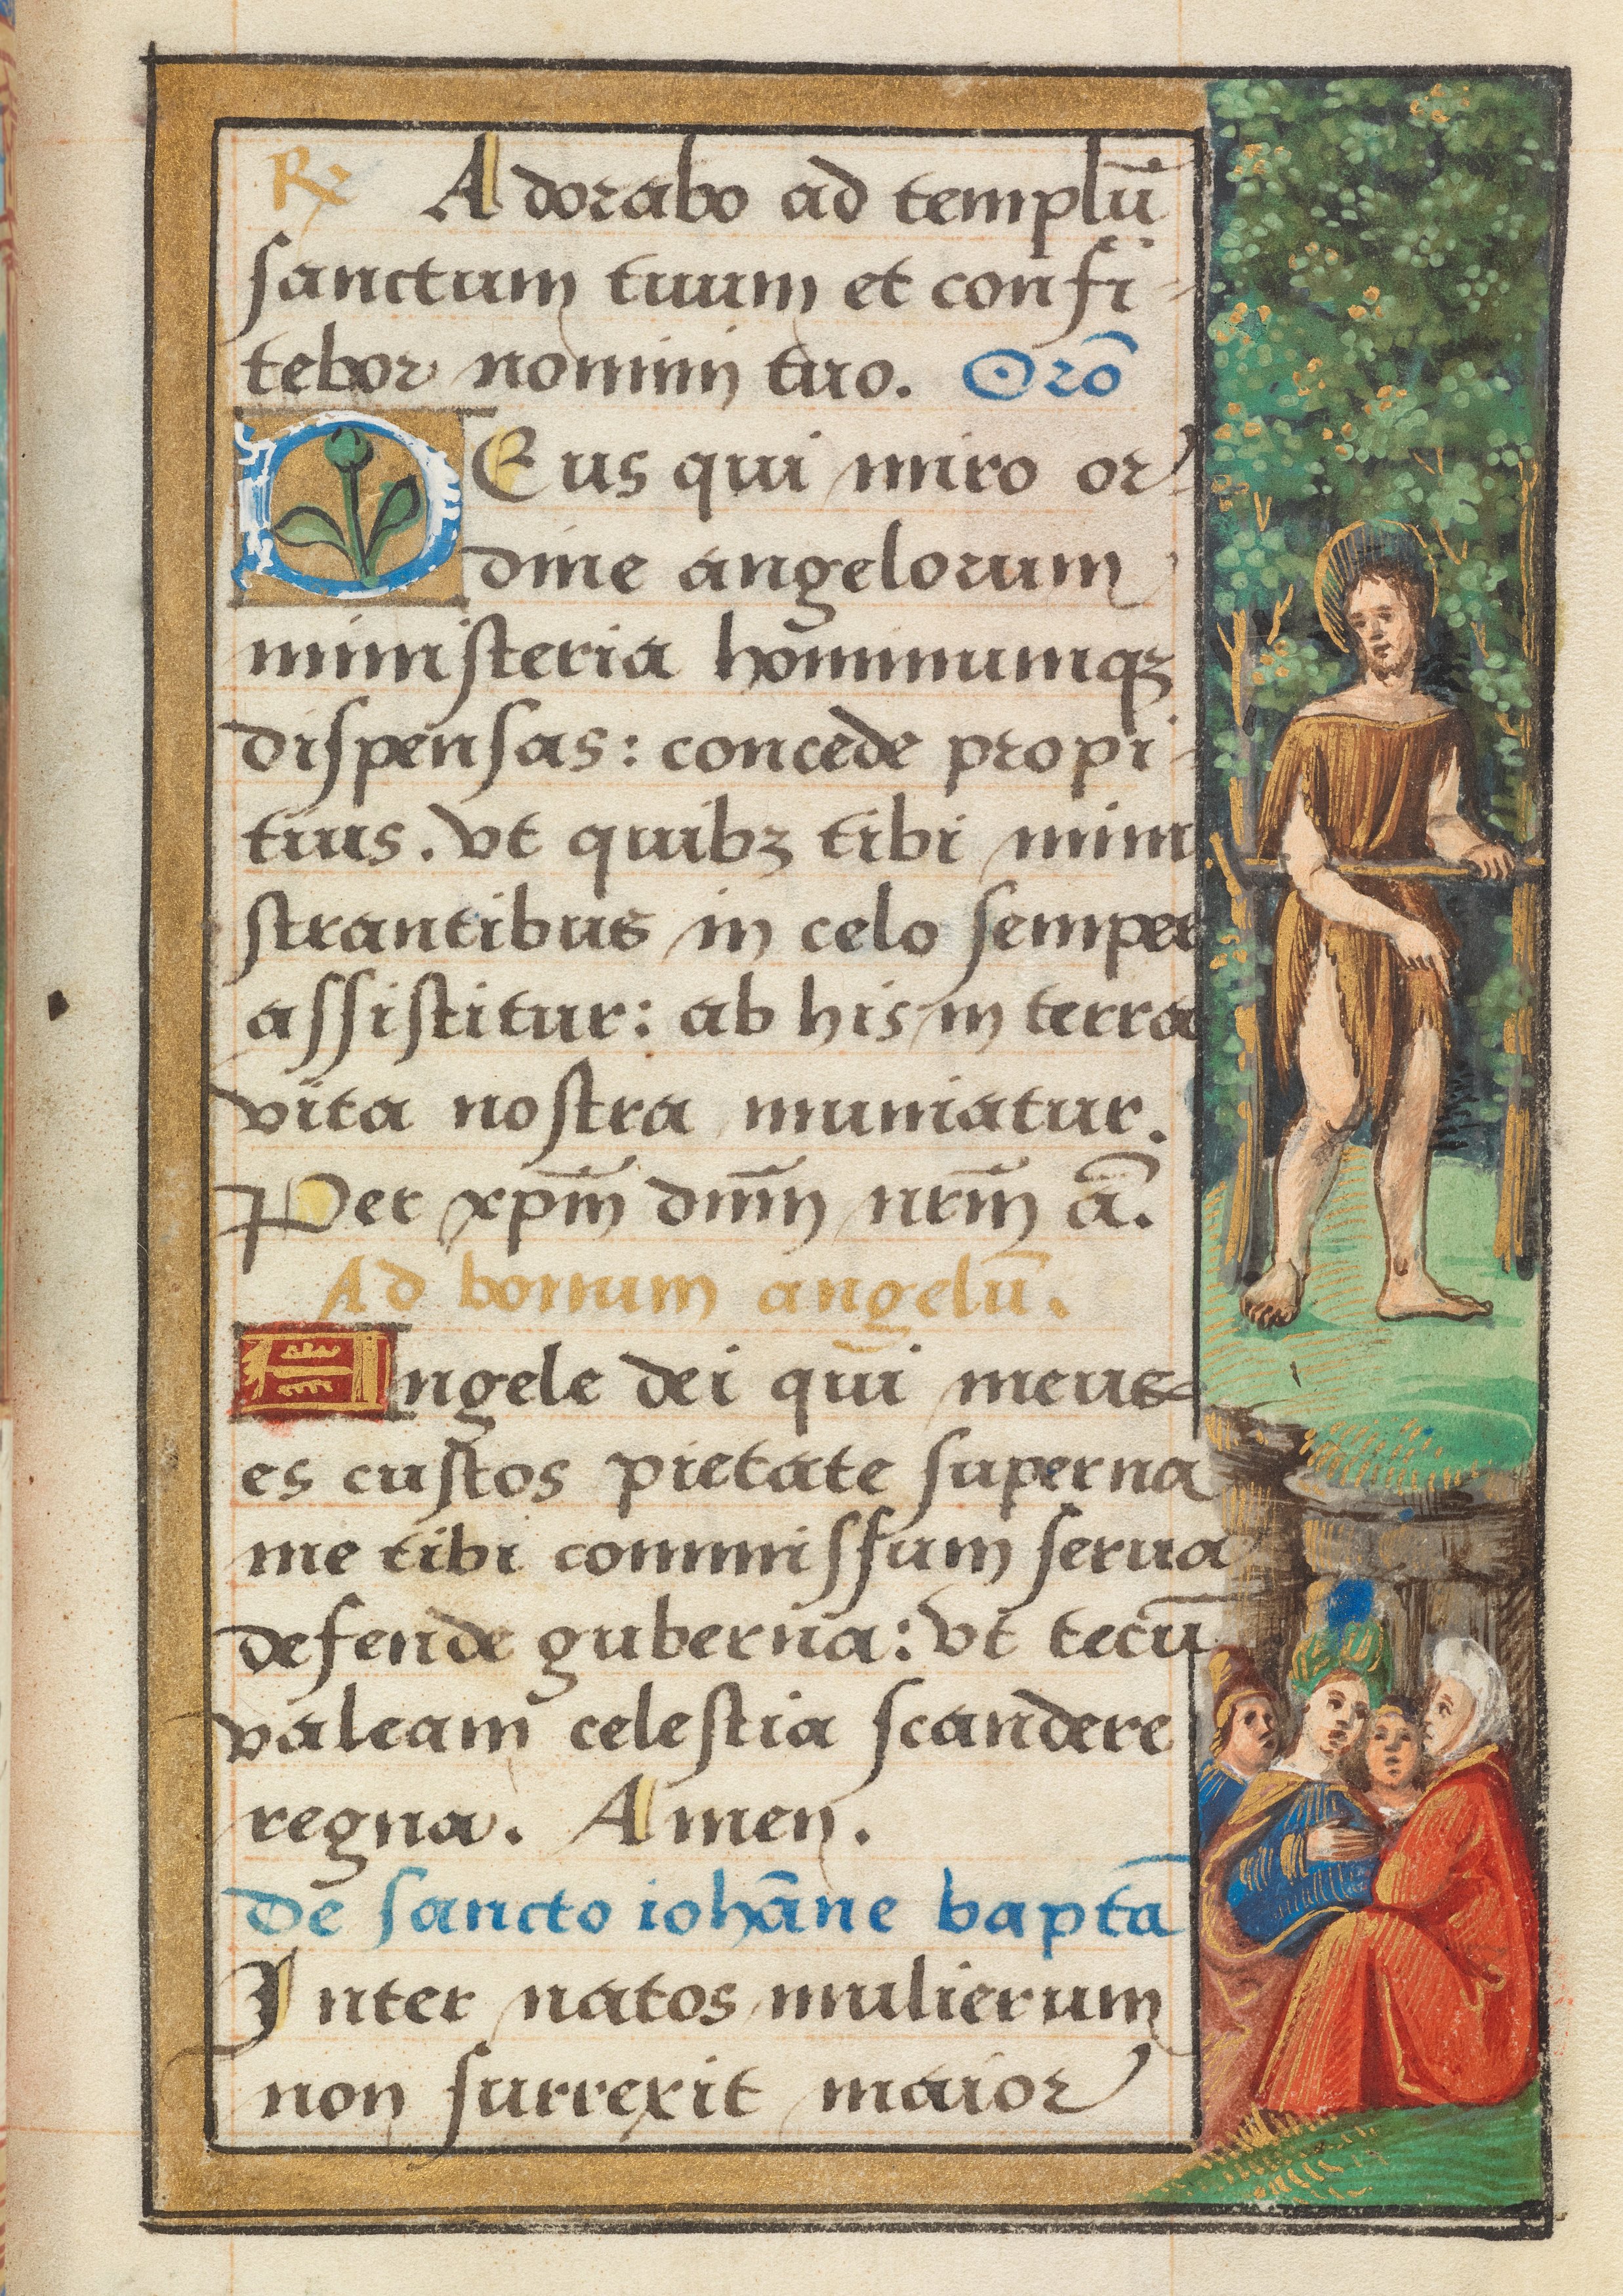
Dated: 1524–1524